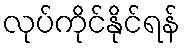
လုပ်ကိုင်နိုင်ရန်